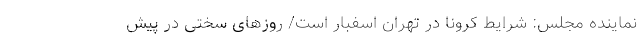
نماینده مجلس: شرایط کرونا در تهران اسفبار است/ روزهای سختی در پیش